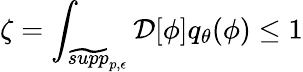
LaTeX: \zeta=\int_{\widetilde{supp}_{p,\epsilon}}\mathcal{D}[\phi]q_{\theta}(\phi)\leq 1